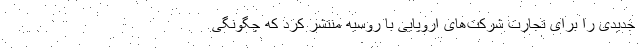
جدیدی را برای تجارت شرکت‌های اروپایی با روسیه منتشر کرد که چگونگی